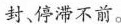
封停滞不前。